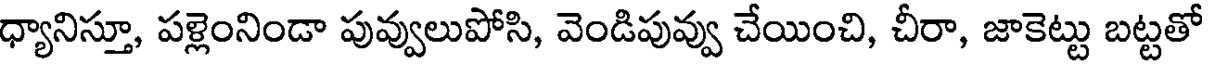
ధ్యానిస్తూ, పళ్లెంనిండా పువ్వులుపోసి, వెండిపువ్వు చేయించి, చీరా, జాకెట్టు బట్టతో